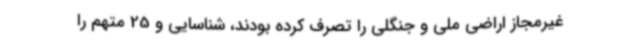
غیرمجاز اراضی ملی و جنگلی را تصرف کرده بودند، شناسایی و 25 متهم را